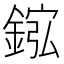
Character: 𫒮